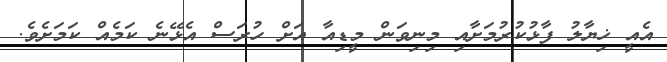
އެއީ ޚިޔާލު ފާޅުކުރުމަށާއި މިނިވަން މީޑިއާ އަށް ހުރަސް އެޅޭނެ ކަމެއް ކަމަށެވެ.